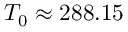
T _ { 0 } \approx 2 8 8 . 1 5